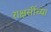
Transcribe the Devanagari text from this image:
राक्षसींच्या